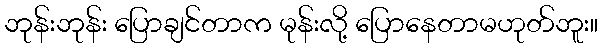
ဘုန်းဘုန်း ပြောချင်တာက မုန်းလို့ ပြောနေတာမဟုတ်ဘူး။